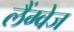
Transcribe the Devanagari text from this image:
लैंग्‍वेज